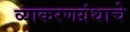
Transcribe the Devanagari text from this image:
व्याकरणग्रंथाचे